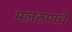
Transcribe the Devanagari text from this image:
मलठणचे